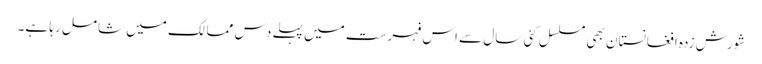
شورش زدہ افغانستان بھی مسلسل کئی سال سے اس فہرست میں پہلے دس ممالک میں شامل رہا ہے۔